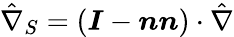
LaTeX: \hat{\nabla}_{S}=(\boldsymbol{I}-\boldsymbol{n}\boldsymbol{n})\cdot\hat{\nabla}